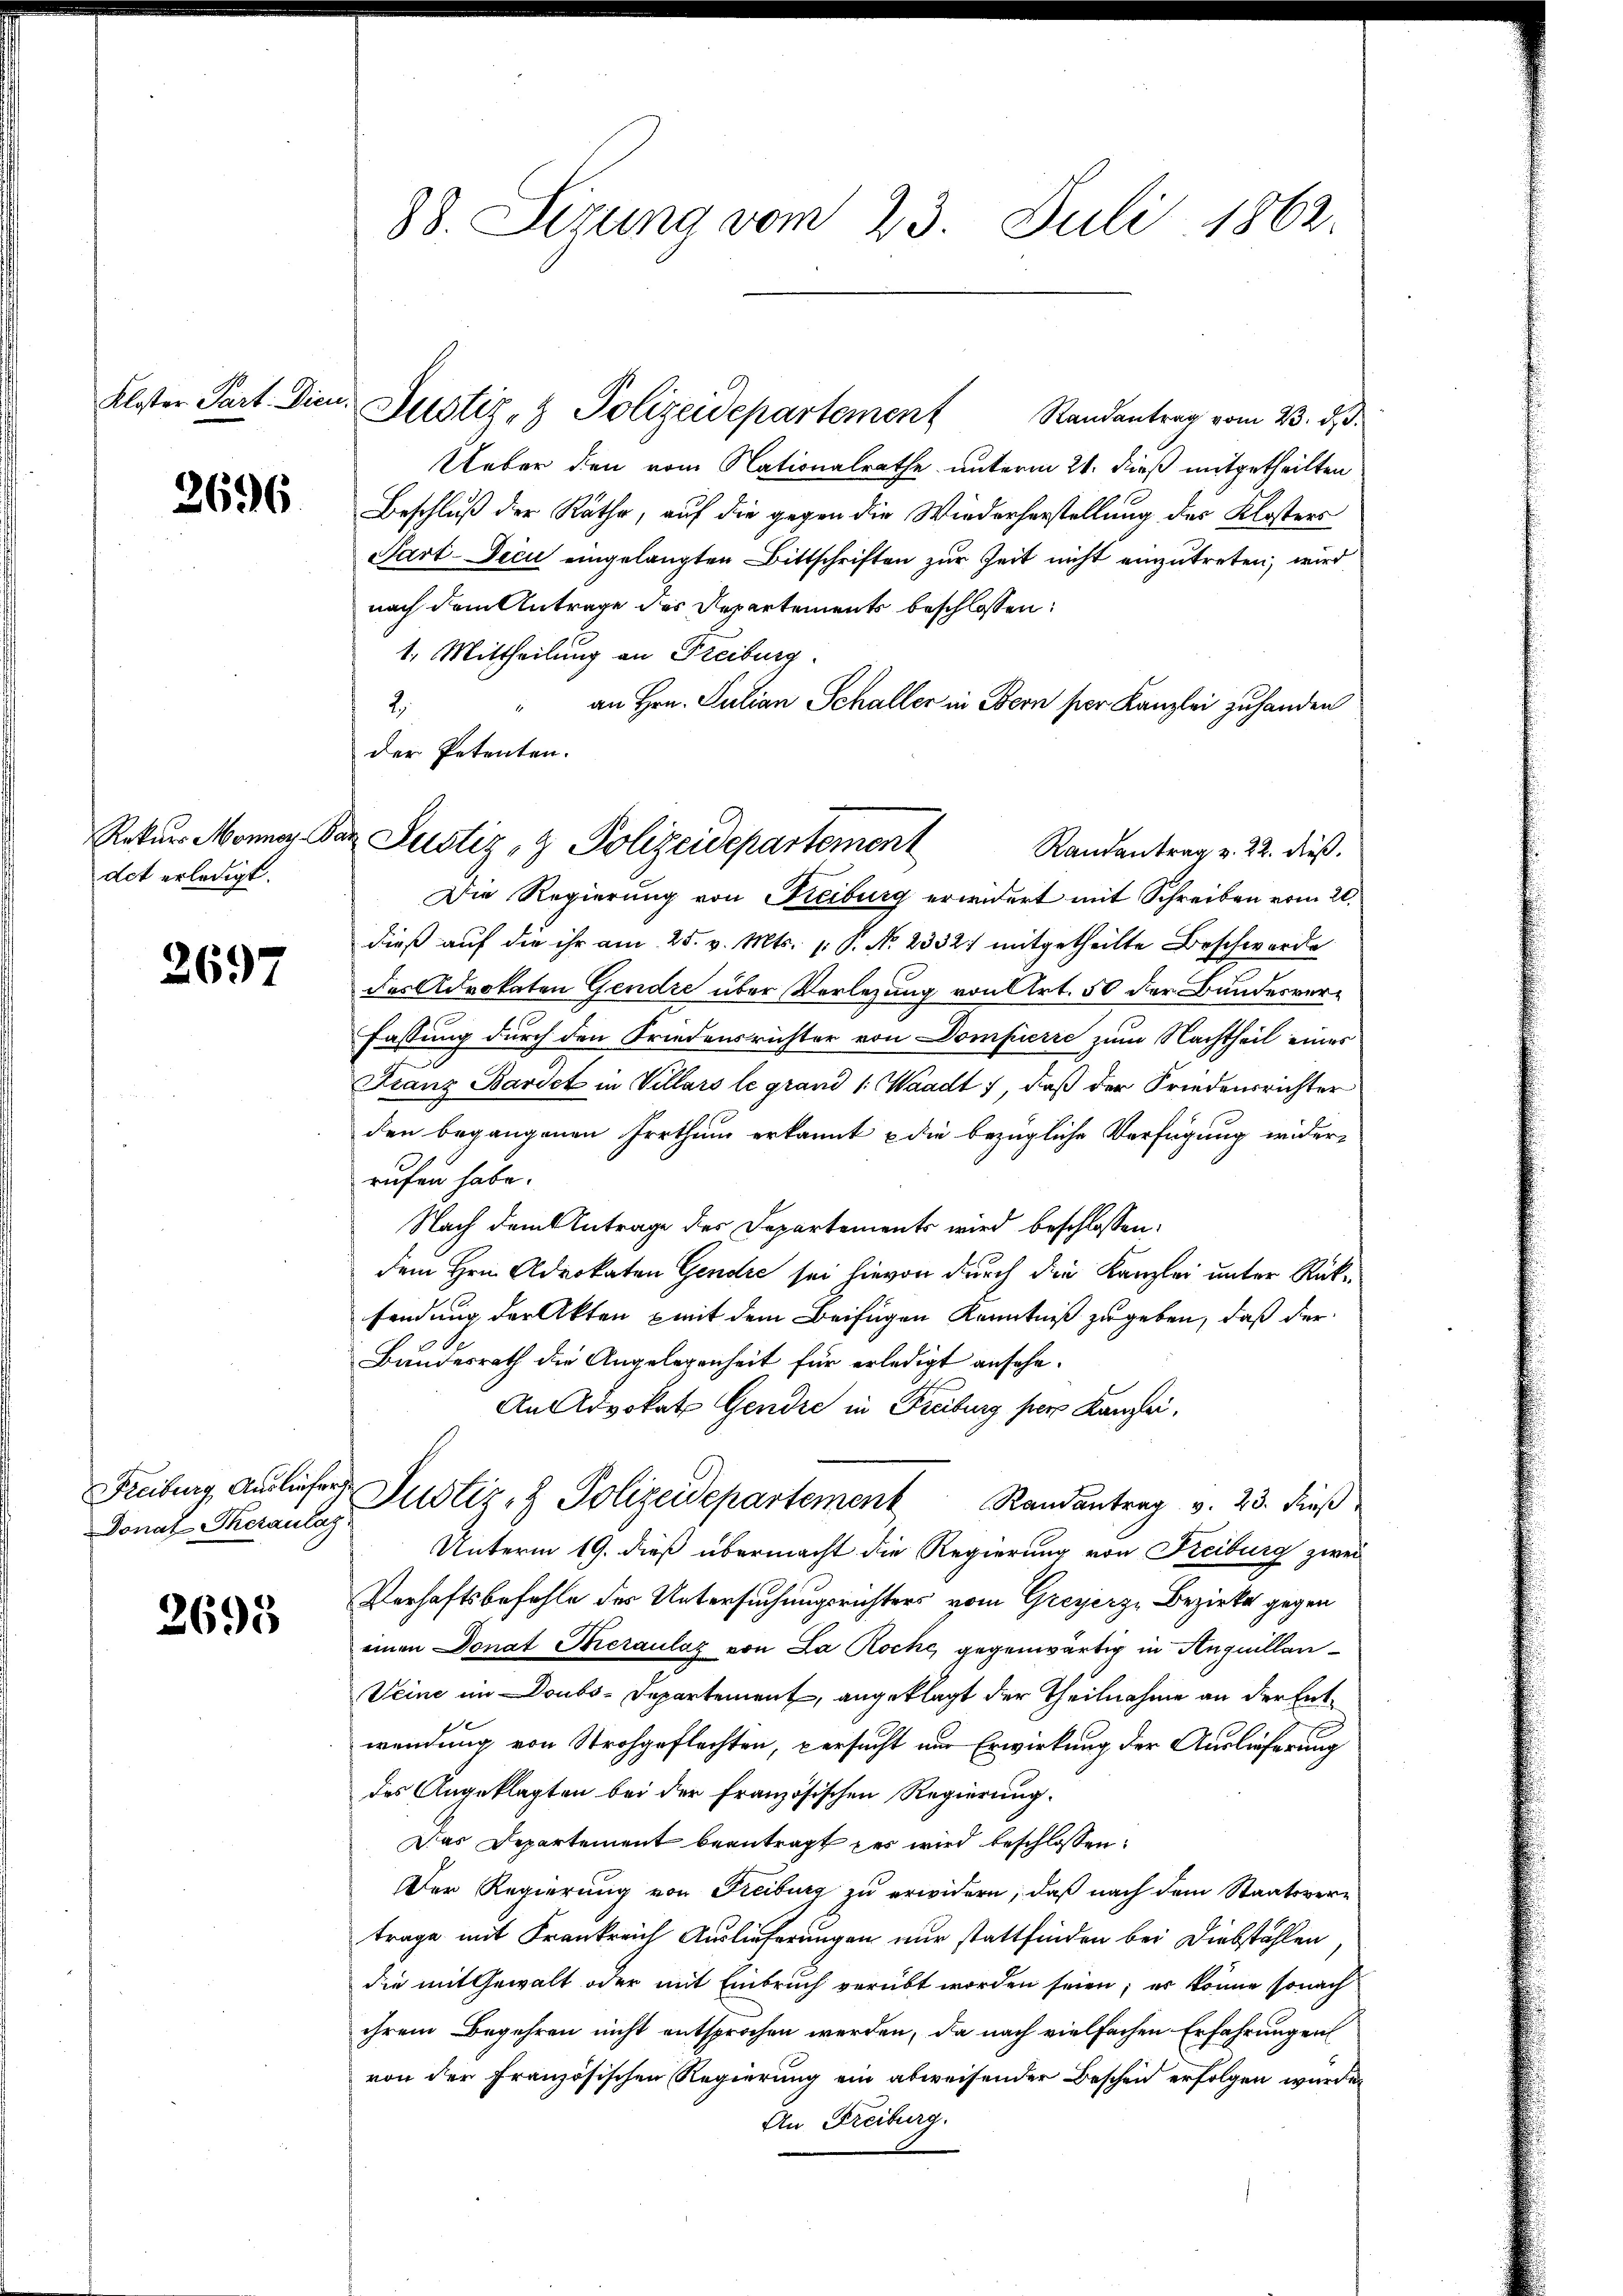
Kloster Part. Dien

2696

Rekurs Monner Co
det erledigt.

2697

Donat Theranlag

2693

88. Sizung vom 23. Juli 1862.

Randantrag vom 23. ds.
Ueber den vom Nationalrathe unterm 21. dieß mitgetheilten
Beschluß der Räthe, auf die gegen die Wiederherstellung des Klosters
Sart-Decu eingelangten Bittschriften zur Zeit nicht einzutreten, wird
nach dem Antrage des Departements beschlossen:
1. Mittheilung an Freiburg.
“ an Hrn. Julian Schaller in Bern per Kanzlei zu handen
2.
der Petenten.

Justiz- & Polizeidepartement

Der Justiz- & Polizeidepartement
Randantrag v. 22. dieß.

Die Regierung von Freiburg erwidert mit Schreiben vom 20.
dieß auf die ihr am 25. v. Mts. P. N. 2332) mitgetheilte Beschwerde
des Advokaten Gendre über Verlegung von Art. 50 der Bundesver¬
Fassung durch den Friedensrichter von Dompierre zum Nachtheil eines
Franz Bariet in Villars le grand /: Waadt, daß der Friedensrichter
den begangenen Irrthum erkannt & die bezügliche Verfügung wider-
rufen habe.
Nach dem Antrage des Departements wird beschlossen:
dem Hrn. Advokaten Gendre sei hievon durch die Kanzlei unter Rüksendung der Akten mit dem Beifügen Kenntniß zugeben, daß der
Bundesrath die Angelegenheit für erledigt ansehe¬
An Advokat Gendre in Freiburg per Kanzlei,
Freiburg, Ausliefer Justiz- & Polizeidepartement Randantrag v. 23. dieß
Unterm 19. dieß übermacht die Regierung von Freiburg zwei
Verhaftsbefehle des Untersuchungsrichters vom Greyerz, Bezirks gegen
einen Donat Theraulaz von La Roche, gegenwärtig in Anquillan¬
Veine im Doubs-Departement, angeklagt der Theilnahme an der Entwendung von Strohgeflechten, persucht nur Erwirkung der Auslieferung
des Angeklagten bei der französischen Regierung.
Das Departement beantragt des wird beschlossen:
Der Regierung von Freiburg zu erwidern, daß nach dem Staatsvertrage mit Frankreich Auslieferungen nur stattfinden bei Diebstählen
die mit Gewalt oder mit Einbruch verübt worden seien; er könne sonach
ihrem Begehren nicht entsprochen werden, da nach vielfachen Erfahrungen
von der Französischen Regierung ein abweisender Bescheid erfolgen wurde,
An Freiburg.